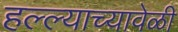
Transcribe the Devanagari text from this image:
हल्ल्याच्यावेळी